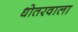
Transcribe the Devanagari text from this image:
धोतरवाला